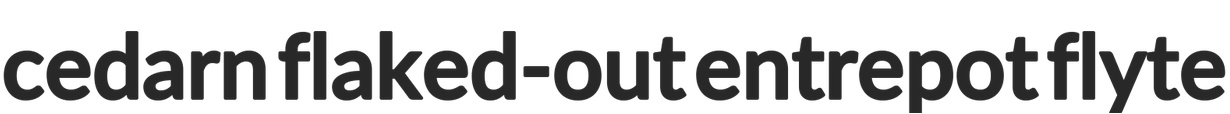
cedarn flaked-out entrepot flyte